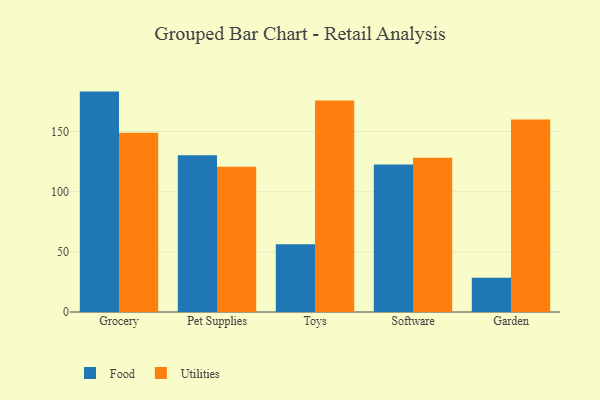
{"axis": {"x": "Category", "y": "LTV (USD)"}, "legend": ["Food", "Utilities"], "data": [{"x": "Grocery", "y": 183.2, "type": "Food"}, {"x": "Grocery", "y": 148.9, "type": "Utilities"}, {"x": "Pet Supplies", "y": 130.2, "type": "Food"}, {"x": "Pet Supplies", "y": 120.7, "type": "Utilities"}, {"x": "Toys", "y": 56.4, "type": "Food"}, {"x": "Toys", "y": 175.8, "type": "Utilities"}, {"x": "Software", "y": 122.7, "type": "Food"}, {"x": "Software", "y": 128.2, "type": "Utilities"}, {"x": "Garden", "y": 28.5, "type": "Food"}, {"x": "Garden", "y": 160.1, "type": "Utilities"}]}